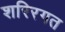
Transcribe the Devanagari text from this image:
शरिरगत